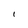
Character: I